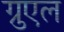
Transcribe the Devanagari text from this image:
ग्रुएल